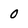
Character: 0